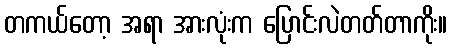
တကယ်တော့ အရာ အားလုံးက ပြောင်းလဲတတ်တာကိုး။